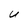
Character: U